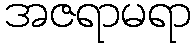
အဇရာမရာ